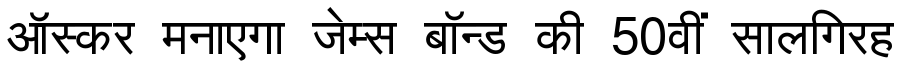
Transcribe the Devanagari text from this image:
ऑस्कर मनाएगा जेम्स बॉन्ड की 50वीं सालगिरह